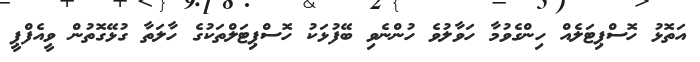
އަތޮޅު ހޮސްޕިޓަލެއް ހިންގެވުމާ ހަވާލުވެ ހުންނެވި ބޭފުޅަކު ހޮސްޕިޓަލްތަކުގެ ހާލަތާ ގުޅޭގޮތުން ވީއެފްޕީ